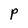
Character: P